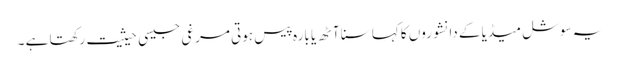
یہ سوشل میڈیا کے دانشوروں کا کہا سنا آٹھ یا بارہ پیس ہوتی مرغی جیسی حیثیت رکھتا ہے ۔